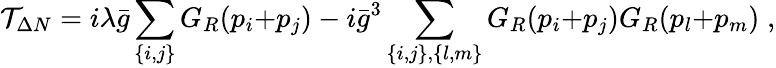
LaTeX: {\cal T}_{\Delta N}=i\lambda\bar{g}\sum_{\{ i,j\} }G_{R}(p_{i}{+}p_{j})-i\bar{g}^{3}\sum_{\{ i,j\} ,\{ l,m\} }G_{R}(p_{i}{+}p_{j})G_{R}(p_{l}{+}p_{m})\; ,